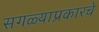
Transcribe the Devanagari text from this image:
सगळ्याप्रकारचे